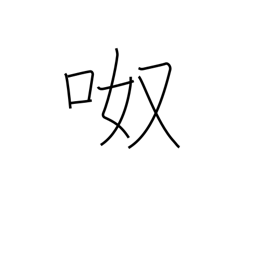
Meaning: noisy